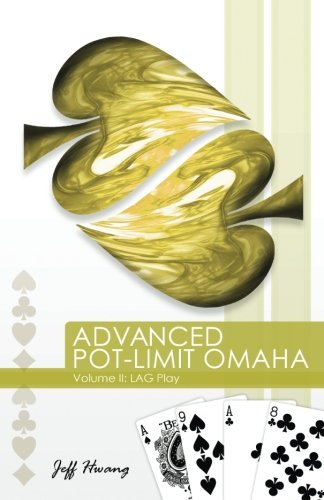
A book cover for Advanced Pot-limit Omaha Volume II: Lag Play; Jeff Hwang; Humor & Entertainment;